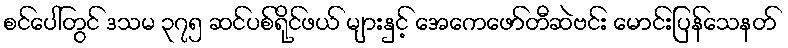
စင်ပေါ်တွင် ဒသမ ၃၇၅ ဆင်ပစ်ရိုင်ဖယ် များနှင့် အေကေဖော်တီဆဲဗင်း မောင်းပြန်သေနတ်